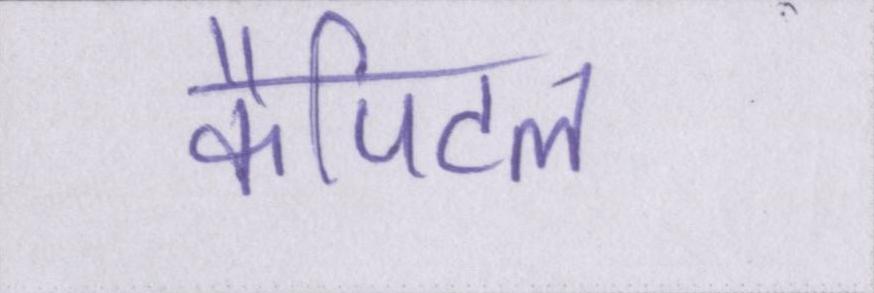
कैपिटल